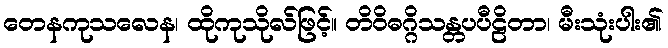
တေနကုသလေန၊ ထိုကုသိုလ်ဖြင့်။ တိဝိဓဂ္ဂိသန္တပပီဠိတာ၊ မီးသုံးပါး၏